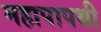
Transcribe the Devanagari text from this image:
महापापथी